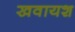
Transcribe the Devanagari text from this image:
खवायश